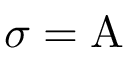
\sigma = \mathrm { A }